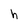
Character: h